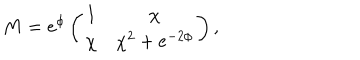
LaTeX: M = e ^ { \phi } \left( \begin{array} { c c } { { 1 } } & { { \chi } } \\ { { \chi } } & { { \chi ^ { 2 } + e ^ { - 2 \phi } } } \\ \end{array} \right) ,